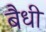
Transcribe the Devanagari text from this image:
बैधी